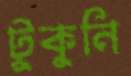
টুকুনি